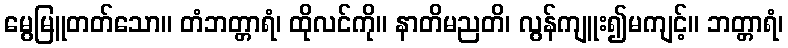
မွေမြူတတ်သော။ တံဘတ္တာရံ၊ ထိုလင်ကို။ နာတိမညတိ၊ လွန်ကျူး၍မကျင့်။ ဘတ္တာရံ၊